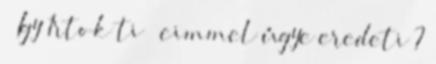
” Így 1rtok ti ” cimmel úgye eredeti ?